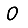
Digit: 0